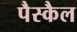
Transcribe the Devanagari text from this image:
पैस्कैल